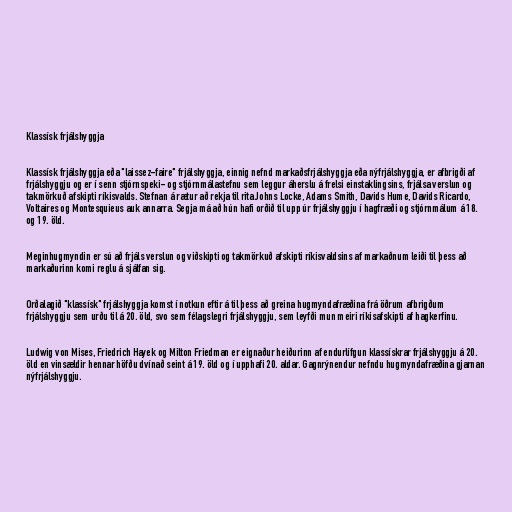
Klassísk frjálshyggja

Klassísk frjálshyggja eða "laissez-faire" frjálshyggja, einnig nefnd markaðsfrjálshyggja eða nýfrjálshyggja, er afbrigði af
frjálshyggju og er í senn stjórnspeki- og stjórnmálastefnu sem leggur áherslu á frelsi einstaklingsins, frjálsa verslun og
takmörkuð afskipti ríkisvalds. Stefnan á rætur að rekja til rita Johns Locke, Adams Smith, Davids Hume, Davids Ricardo,
Voltaires og Montesquieus auk annarra. Segja má að hún hafi orðið til upp úr frjálshyggju í hagfræði og stjórnmálum á 18.
og 19. öld.

Meginhugmyndin er sú að frjáls verslun og viðskipti og takmörkuð afskipti ríkisvaldsins af markaðnum leiði til þess að
markaðurinn komi reglu á sjálfan sig.

Orðalagið "klassísk" frjálshyggja komst í notkun eftir á til þess að greina hugmyndafræðina frá öðrum afbrigðum
frjálshyggju sem urðu til á 20. öld, svo sem félagslegri frjálshyggju, sem leyfði mun meiri ríkisafskipti af hagkerfinu.

Ludwig von Mises, Friedrich Hayek og Milton Friedman er eignaður heiðurinn af endurlífgun klassískrar frjálshyggju á 20.
öld en vinsældir hennar höfðu dvínað seint á 19. öld og í upphafi 20. aldar. Gagnrýnendur nefndu hugmyndafræðina gjarnan
nýfrjálshyggju.